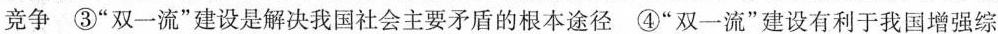
竞争③”双一流”建设是解决我国社会主要矛盾的根本途径④”双一流”建设有利于我国增强综